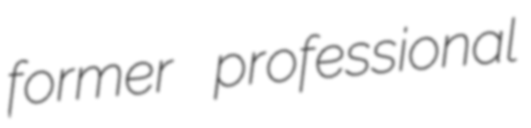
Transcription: former professional